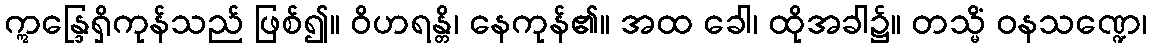
ဣန္ဒြေရှိကုန်သည် ဖြစ်၍။ ဝိဟရန္တိ၊ နေကုန်၏။ အထ ခေါ၊ ထိုအခါ၌။ တသ္မိံ ဝနသဏ္ဍေ၊